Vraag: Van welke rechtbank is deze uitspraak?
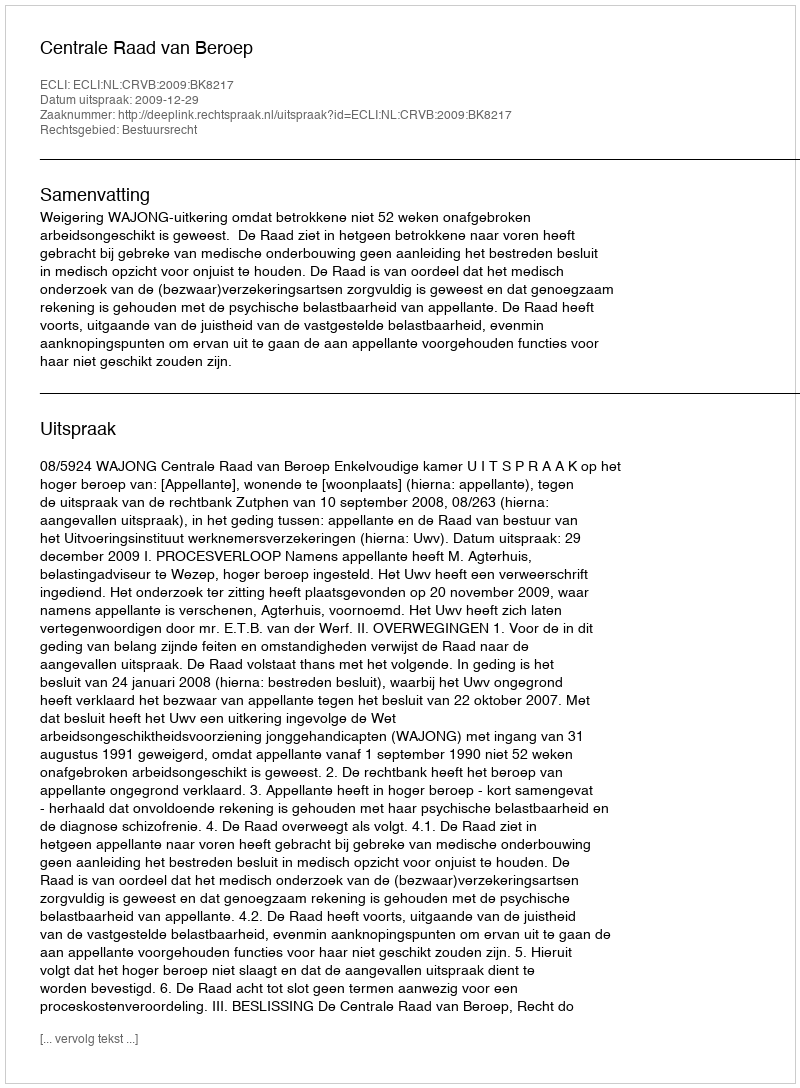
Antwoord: Centrale Raad van Beroep